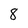
Character: 8